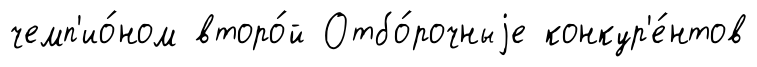
чемп'ио́ном второ́й Отбо́рочныjе конкур'е́нтов